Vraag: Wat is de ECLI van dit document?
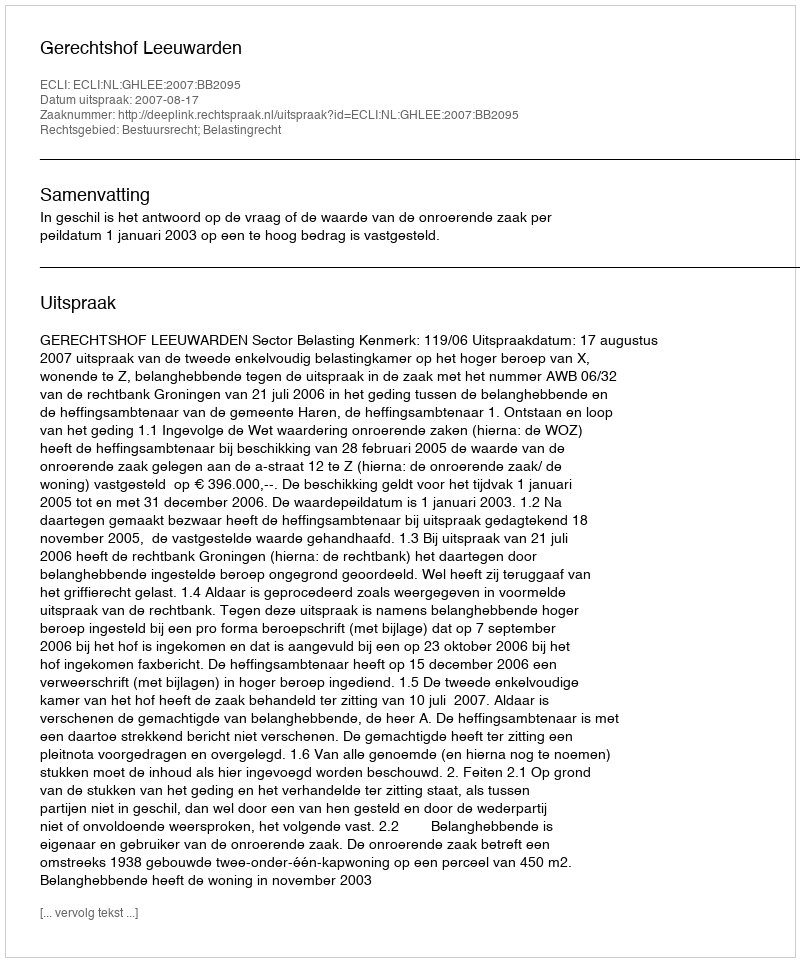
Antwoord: ECLI:NL:GHLEE:2007:BB2095